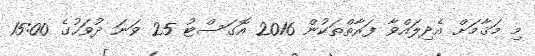
މި މަޤާމަށް އެދިލައްވާ ފަރާތްތަކުން 2016 އޮގަސްޓު 25 ވަނަ ދުވަހުގެ 15:00